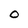
Character: 0